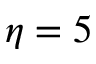
\eta = 5